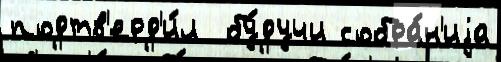
подтв'ерд'и́л  бу́дучи собра́н'иjа